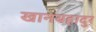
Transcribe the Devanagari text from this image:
खानबहादुर